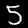
Digit: 5